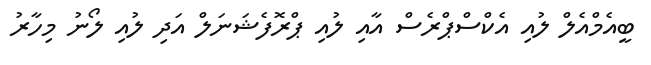
ބީއެމްއެލް ލުއި އެކްސްޕްރެސް އާއި ލުއި ޕްރޮފެޝަނަލް އަދި ލުއި ލޯނު މިހާރު